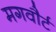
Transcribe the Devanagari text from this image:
मगवौर्ट